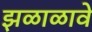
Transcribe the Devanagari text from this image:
झळाळावे